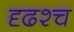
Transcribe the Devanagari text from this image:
दृढश्च